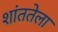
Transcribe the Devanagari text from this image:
शांततेला